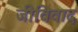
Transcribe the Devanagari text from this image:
जीविवाद